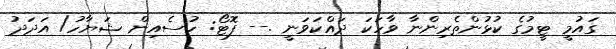
ގައުމީ ޓީމުގެ ކުޅުންތެރިންނާ ވާހަކަ ދައްކަވަނީ .-- ފޮޓޯ: ހުސެއިން ޝަޔާހު/ އަދަދު